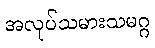
အလုပ်သမားသမဂ္ဂ